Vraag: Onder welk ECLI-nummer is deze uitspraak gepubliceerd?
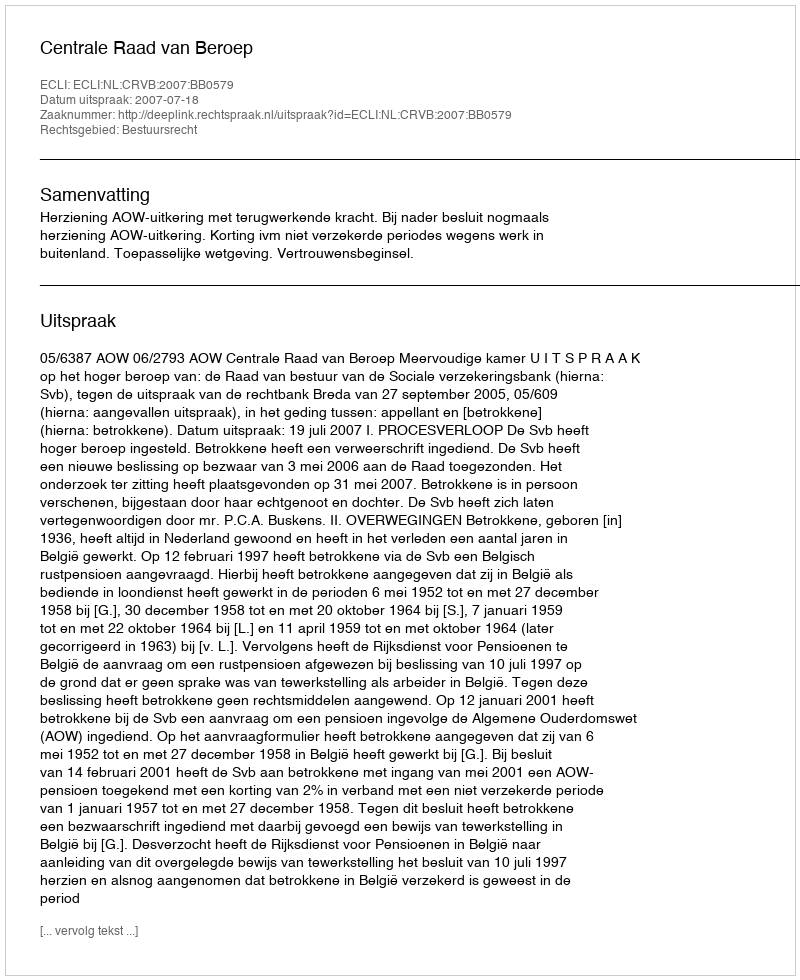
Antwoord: ECLI:NL:CRVB:2007:BB0579